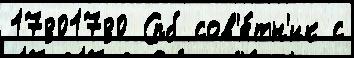
17801780 Спб сов'е́тн'ик с